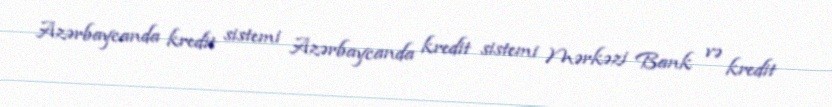
Azərbaycanda kredit sistemi Azərbaycanda kredit sistemi Mərkəzi Bank və kredit